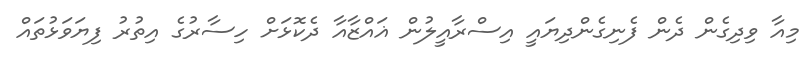
މިއާ ވިދިގެން ދެން ފެނިގެންދިޔައީ އިސްރާއީލުން ޣައްޒާއާ ދެކޮޅަށް ހިސާރުގެ އިތުރު ފިޔަވަޅުތައް